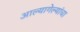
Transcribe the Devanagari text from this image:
आल्यागेल्यांचा